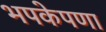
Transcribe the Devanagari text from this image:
भपकेपणा